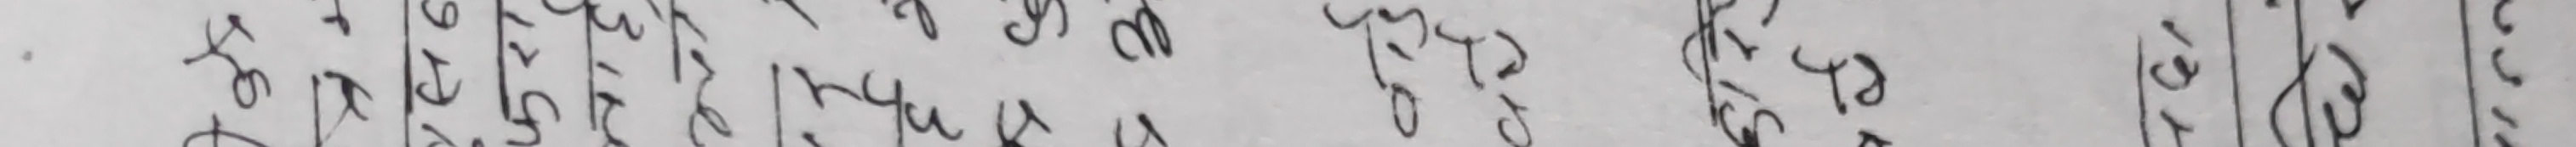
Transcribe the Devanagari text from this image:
केही लाग्ने तरिकाले माथिल्ला